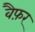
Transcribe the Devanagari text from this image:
वैफ़र